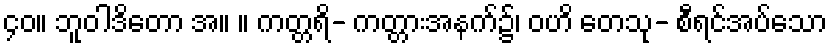
၄၀။ ဘူဝါဒိတော အ။ ။ ကတ္တရိ- ကတ္တားအနက်၌၊ ဝဟိ တေသု- စီရင်အပ်သော